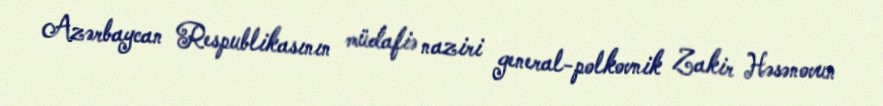
Azərbaycan Respublikasının müdafiə naziri general-polkovnik Zakir Həsənovun